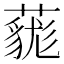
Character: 𧀔